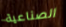
الصناعية